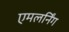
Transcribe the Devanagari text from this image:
एमलर्निंग